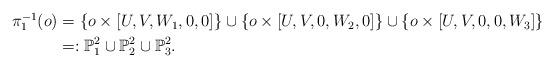
LaTeX: \begin{align*}\begin{aligned}\pi_{1}^{-1}(o) & =\left\{ o\times[U,V,W_{1},0,0]\right\} \cup\left\{ o\times[U,V,0,W_{2},0]\right\} \cup\left\{ o\times[U,V,0,0,W_{3}]\right\} \\ & =:\mathbb{P}_{1}^{2}\cup\mathbb{P}_{2}^{2}\cup\mathbb{P}_{3}^{2}.\end{aligned}\end{align*}